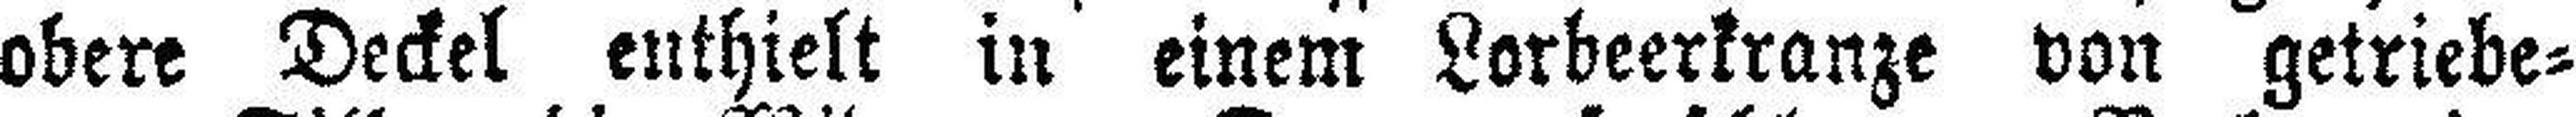
obere Deckel enthielt in einem Lorbeerkranze von getriebe¬